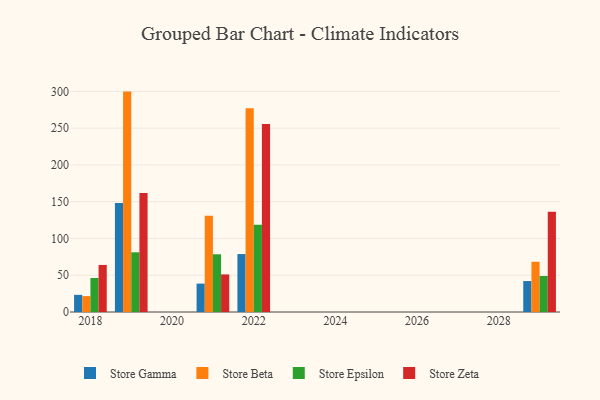
{"axis": {"x": "Year", "y": "Budget (USD K)"}, "legend": ["Store Beta", "Store Epsilon", "Store Gamma", "Store Zeta"], "data": [{"x": "2019", "y": 148.3, "type": "Store Gamma"}, {"x": "2019", "y": 299.7, "type": "Store Beta"}, {"x": "2019", "y": 81.2, "type": "Store Epsilon"}, {"x": "2019", "y": 161.8, "type": "Store Zeta"}, {"x": "2018", "y": 23.3, "type": "Store Gamma"}, {"x": "2018", "y": 21.6, "type": "Store Beta"}, {"x": "2018", "y": 46.2, "type": "Store Epsilon"}, {"x": "2018", "y": 64.0, "type": "Store Zeta"}, {"x": "2029", "y": 42.1, "type": "Store Gamma"}, {"x": "2029", "y": 68.3, "type": "Store Beta"}, {"x": "2029", "y": 49.0, "type": "Store Epsilon"}, {"x": "2029", "y": 136.3, "type": "Store Zeta"}, {"x": "2021", "y": 38.6, "type": "Store Gamma"}, {"x": "2021", "y": 130.9, "type": "Store Beta"}, {"x": "2021", "y": 78.5, "type": "Store Epsilon"}, {"x": "2021", "y": 51.1, "type": "Store Zeta"}, {"x": "2022", "y": 78.8, "type": "Store Gamma"}, {"x": "2022", "y": 277.1, "type": "Store Beta"}, {"x": "2022", "y": 118.6, "type": "Store Epsilon"}, {"x": "2022", "y": 255.5, "type": "Store Zeta"}]}